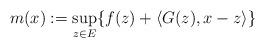
LaTeX: \begin{align*}m(x) := \sup_{z \in E} \lbrace f(z)+ \langle G(z), x-z \rangle \rbrace\end{align*}